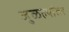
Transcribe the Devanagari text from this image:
जुळल्यांतर